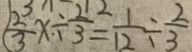
\frac { 2 } { 3 } x \div \frac { 2 } { 3 } = \frac { 1 } { 1 2 } \div \frac { 2 } { 3 }